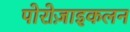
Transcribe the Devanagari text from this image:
पोरोज़ाइकलन